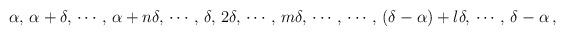
LaTeX: \begin{align*}\alpha,\, \alpha+\delta,\, \cdots,\, \alpha+n\delta,\, \cdots,\,\delta,\, 2\delta,\, \cdots,\,m\delta,\, \cdots\,,\, \cdots\,,\, (\delta-\alpha)+l\delta,\, \cdots\,, \, \delta-\alpha\,,\end{align*}